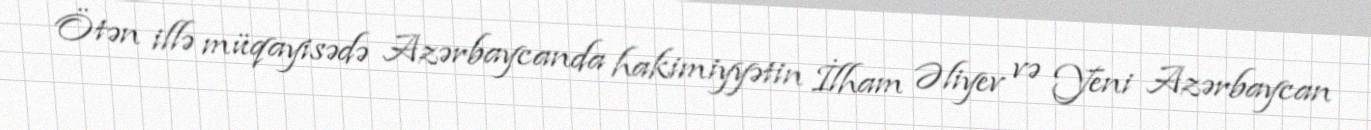
Ötən illə müqayisədə Azərbaycanda hakimiyyətin İlham Əliyev və Yeni Azərbaycan